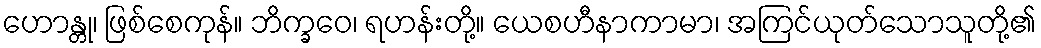
ဟောန္တု၊ ဖြစ်စေကုန်။ ဘိက္ခဝေ၊ ရဟန်းတို့။ ယေစဟီနာကာမာ၊ အကြင်ယုတ်သောသူတို့၏